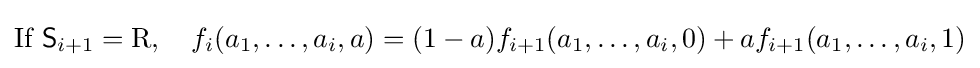
{\text{If }}{\mathsf {S}}_{i+1}=\mathrm {R} ,\quad f_{i}(a_{1},\dots ,a_{i},a)=(1-a)f_{i+1}(a_{1},\dots ,a_{i},0)+af_{i+1}(a_{1},\dots ,a_{i},1)